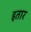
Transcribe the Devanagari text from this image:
इतार